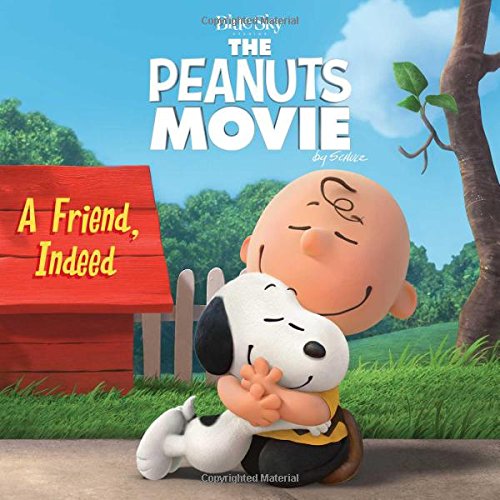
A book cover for A Friend, Indeed (Peanuts Movie); Charles  M. Schulz; Comics & Graphic Novels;